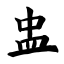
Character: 盅